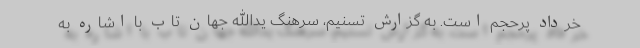
خرداد پرحجم است. به گزارش تسنیم، سرهنگ یدالله جهان تاب با اشاره به